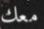
معك